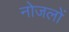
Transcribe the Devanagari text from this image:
नोजलों